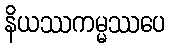
နိယဿကမ္မဿပေ